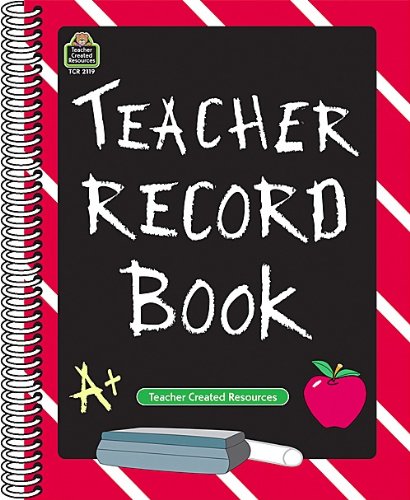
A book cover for Teacher Record Book; Teacher Created Resources Staff; Education & Teaching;